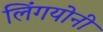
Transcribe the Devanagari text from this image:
लिंगयोनी